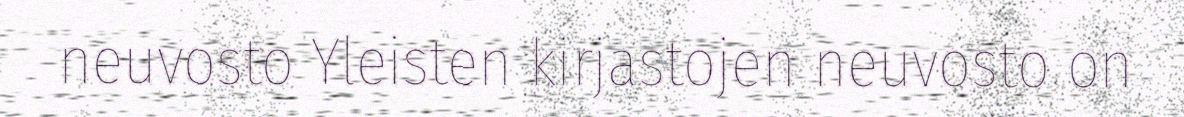
neuvosto Yleisten kirjastojen neuvosto on